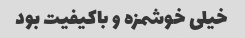
خیلی خوشمزه و باکیفیت بود